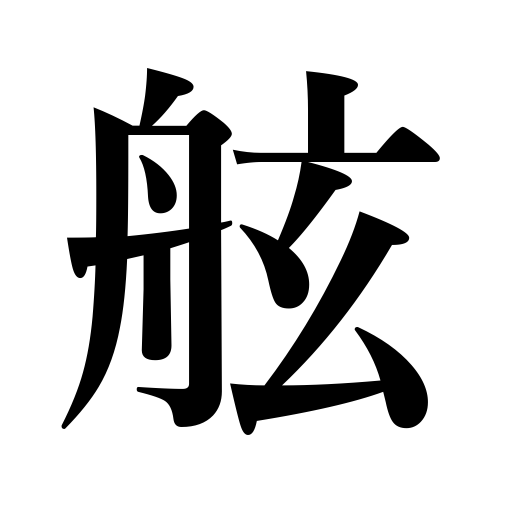
Meanings: gunwale